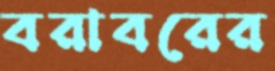
বরাবরের